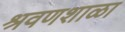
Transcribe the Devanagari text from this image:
श्रवणशाळा